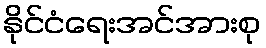
နိုင်ငံရေးအင်အားစု